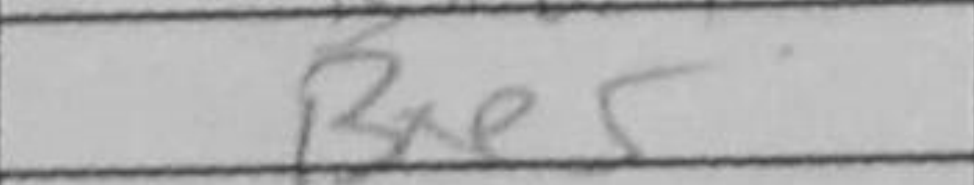
Transcription: Bxe5